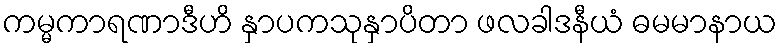
ကမ္မကာရဏာဒီဟိ နှာပကသုနှာပိတာ ဖလခါဒနီယံ ဓမမာနာယ